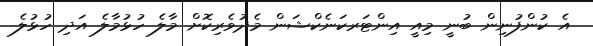
އެ ކުންފުނިން ބުނީ މިއީ އިންޓަރކަނެކްޝަން މެދުވެރިކޮށް މާލެ ހުޅުމާލެ އަދި ހުޅުލެ